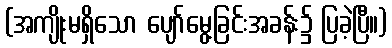
(အကျိုးမရှိသော ပျော်မွေ့ခြင်းအခန်း၌ ပြခဲ့ပြီ။)